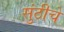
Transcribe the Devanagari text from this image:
सुंठीचे